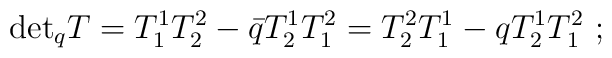
{\rm det}_qT=T^1_1T^2_2-\bar qT^1_2T^2_1=T^2_2T^1_1-qT^1_2T^2_1\ ;